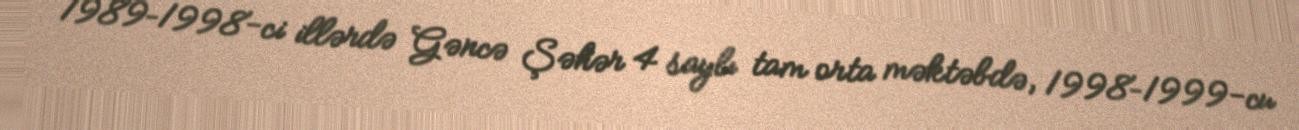
1989–1998-ci illərdə Gəncə Şəhər 4 saylı tam orta məktəbdə, 1998–1999-cu